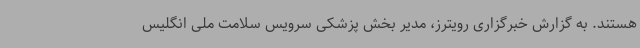
هستند. به گزارش خبرگزاری رویترز، مدیر بخش پزشکی سرویس سلامت ملی انگلیس